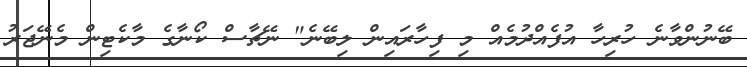
ބޭނުންވާނެ ހުރިހާ އުފެއްދުމެއް މި ފިހާރައިން ލިބޭނެ" ނޭޗާސް ކޯނާގެ މާކެޓިން މެނޭޖަރު